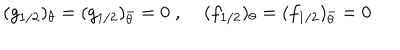
LaTeX: ( g _ { 1 / 2 } ) _ { \theta } = ( g _ { 1 / 2 } ) _ { \bar { \theta } } = 0 \; , \; ( f _ { 1 / 2 } ) _ { \theta } = ( f _ { 1 / 2 } ) _ { \bar { \theta } } = 0